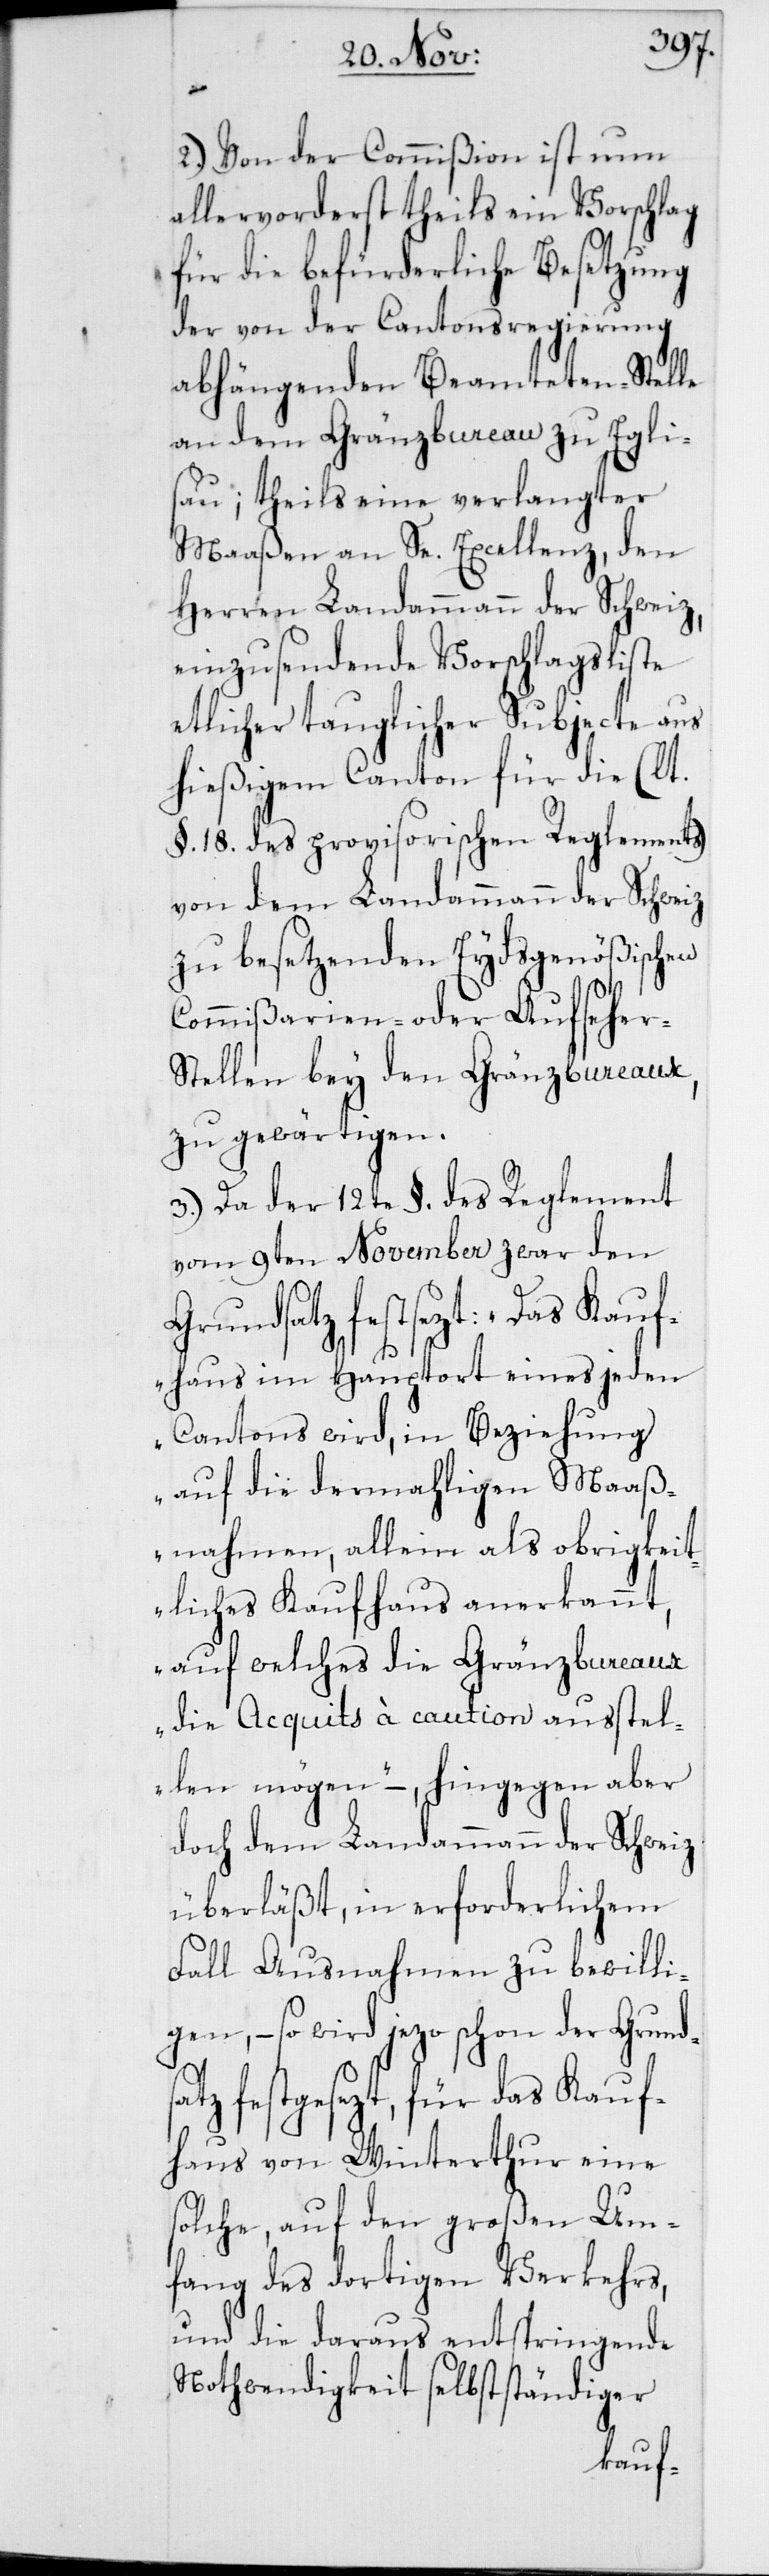
2. Von der Commißion ist nun
allervorderst theils ein Vorschlag
für die befürderliche Besetzung
der von der Cantonsregierung
abhängenden Beamteten-Stelle
an dem Gränzbureau zu Egli¬
sau; theils eine verlangter
Maaßen an Se. Excellenz, den
Herren Landammann der Schweiz,
einzusendende Vorschlagsliste
etlicher tauglicher Subjecte aus
hießigem Canton für die (lt.
§. 18. des provisorischen Reglements)
von dem Landammann der Schweiz
zu besetzenden Eydsgenößischen
Commißarien- oder Aufseher-S¬
tellen bey den Gränzbureaux,
zu gewärtigen.
3. Da der 12te §. des Reglement
vom 9ten November zwar den
Grundsatz festsezt: „Das Kauf¬
haus im Hauptort eines jeden
Cantons wird, in Beziehung
auf die dermahligen Maaß¬
nahmen, allein als obrigkeit¬
liches Kaufhaus anerkannt,
auf welches die Gränzbureaux
die Acquits à caution ausstel¬
len mögen“ –, hingegen aber
doch dem Landammann der Schweiz
überläßt, in erforderlichem
Fall Ausnahmen zu bewillig¬
en, – so wird jezo schon der Grund¬
tz festgesezt, für das Kauf¬
haus von Winterthur eine
solche, auf den großen Um¬
fang des dortigen Verkehrs,
und die daraus entspringende
Notwendigkeit selbständiger
sa¬